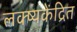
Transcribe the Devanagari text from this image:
लक्ष्यकेंद्रित